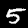
Label: 5